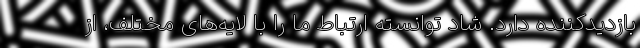
بازدیدکننده دارد. شاد توانسته ارتباط ما را با لایه‌های مختلف، از